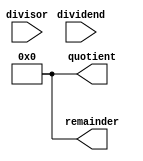
module non_restoring_divider(
    input wire [31:0] dividend,
    input wire [31:0] divisor,
    output reg [31:0] quotient,
    output reg [31:0] remainder
);

reg [31:0] temp_dividend;
reg [31:0] temp_remainder;
reg [31:0] temp_quotient;
reg [31:0] count;

always @(*) begin
    temp_dividend = dividend;
    temp_remainder = 0;
    temp_quotient = 0;
    count = 32;
end

always @(posedge clk) begin
    if (count > 0) begin
        temp_remainder = temp_remainder << 1;
        temp_remainder[31] = temp_dividend[31];
        temp_dividend = temp_dividend << 1;
        
        temp_remainder = temp_remainder - divisor;
        
        if (temp_remainder[31] == 1) begin
            temp_remainder = temp_remainder + divisor;
        end else begin
            temp_quotient[31] = 1;
        end
        
        if (temp_remainder[31] == 1) begin
            temp_dividend[31] = 1;
        end else begin
            temp_dividend[31] = 0;
        end
        
        count = count - 1;
    end
end

always @(*) begin
    quotient = temp_quotient;
    remainder = temp_remainder;
end

endmodule